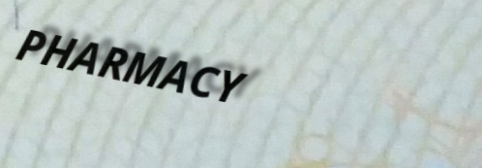
PHARMACY